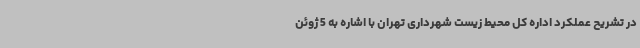
در تشریح عملکرد اداره کل محیط زیست شهرداری تهران با اشاره به 5 ژوئن